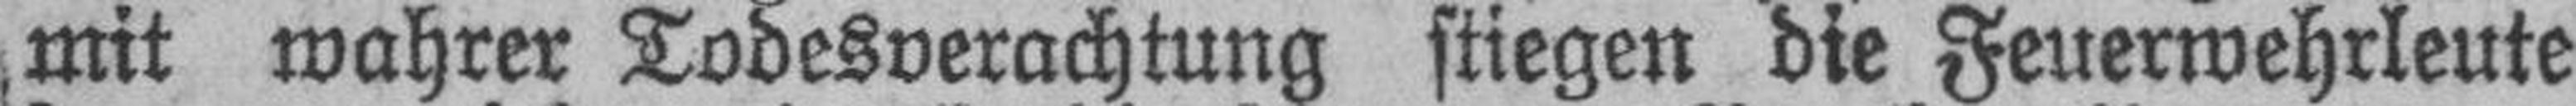
mit wahrer Todesverachtung stiegen die Feuerwehrleute